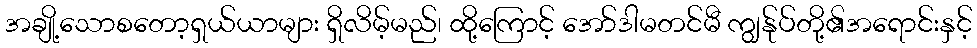
အချို့သောစတော့ရှယ်ယာများ ရှိလိမ့်မည်၊ ထို့ကြောင့် အော်ဒါမတင်မီ ကျွန်ုပ်တို့၏အရောင်းနှင့်